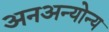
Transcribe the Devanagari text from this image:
अनअन्‍योन्‍य